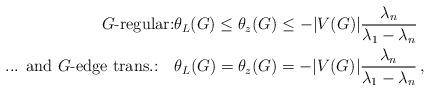
LaTeX: \begin{align*} \mbox{$G$-regular:}\theta_L(G) \le \theta_z(G) &\le -|V(G)| {\lambda_n\over \lambda_1 - \lambda_n}\\ \mbox{... and $G$-edge trans.:}\quad\theta_L(G) =\theta_z(G) &= -|V(G)| {\lambda_n\over \lambda_1 - \lambda_n}\,,\end{align*}